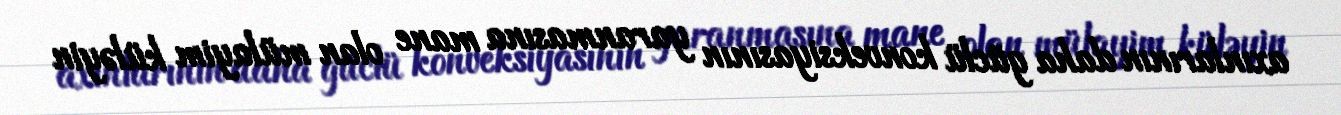
axınlarının daha güclü konveksiyasının yaranmasına mane olan mülayim küləyin